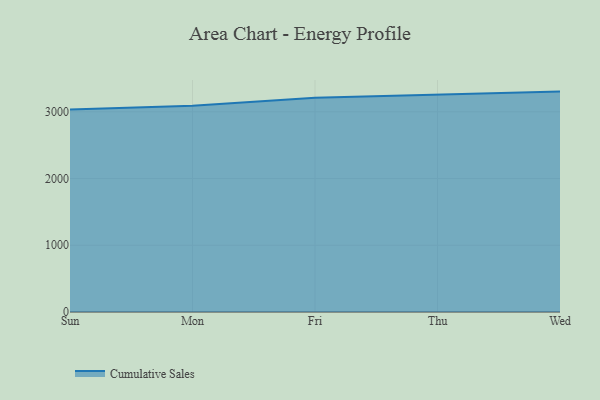
{"axis": {"x": "Day", "y": "Satisfaction Score"}, "legend": ["Cumulative Sales"], "data": [{"x": "Sun", "y": 3035.2, "type": "Cumulative Sales"}, {"x": "Mon", "y": 3092.4, "type": "Cumulative Sales"}, {"x": "Fri", "y": 3209.1, "type": "Cumulative Sales"}, {"x": "Thu", "y": 3261.3, "type": "Cumulative Sales"}, {"x": "Wed", "y": 3302.6, "type": "Cumulative Sales"}]}